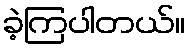
ခဲ့ကြပါတယ်။